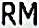
RM